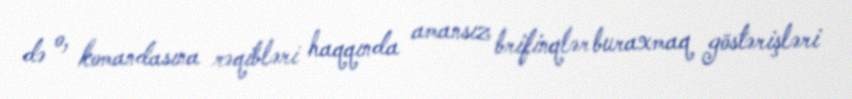
də o, komandasına rəqibləri haqqında amansız brifinqlər buraxmaq göstərişləri